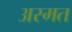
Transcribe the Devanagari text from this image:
अस्मत